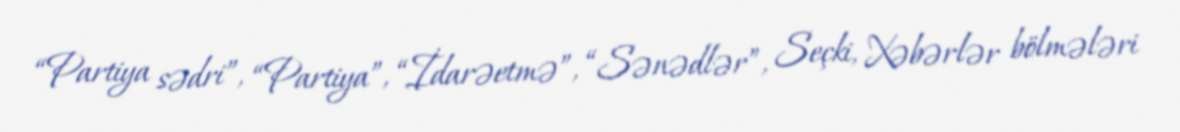
“Partiya sədri”, “Partiya”, “İdarəetmə”, “Sənədlər”, Seçki, Xəbərlər bölmələri